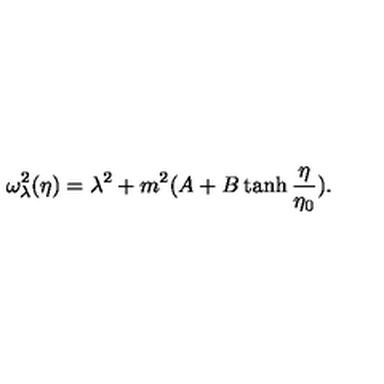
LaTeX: \omega _ { \lambda } ^ { 2 } ( \eta ) = \lambda ^ { 2 } + m ^ { 2 } ( A + B \tanh \frac { \eta } { \eta _ { 0 } } ) .